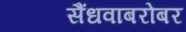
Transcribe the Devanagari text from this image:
सैंधवाबरोबर